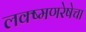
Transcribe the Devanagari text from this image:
लक्ष्मणरेषेचा